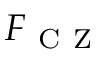
F _ { \mathrm { ~ C ~ Z ~ } }